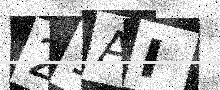
Text: 21AI